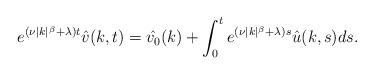
LaTeX: \begin{align*}e^{(\nu|k|^\beta+\lambda)t}\hat{v}(k,t)=\hat{v_0}(k)+\int_0^t e^{(\nu|k|^\beta+\lambda)s}\hat{u}(k,s)ds.\end{align*}